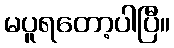
မပူရတော့ပါပြီ။